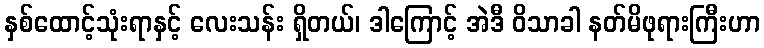
နှစ်ထောင့်သုံးရာနှင့် လေးသန်း ရှိတယ်၊ ဒါကြောင့် အဲဒီ ဝိသာခါ နတ်မိဖုရားကြီးဟာ